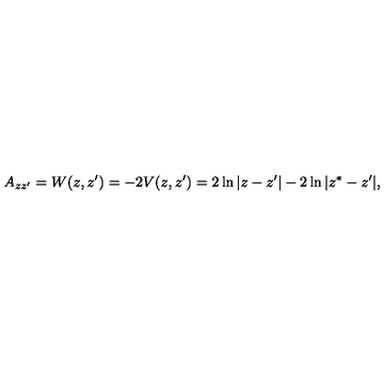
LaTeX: A _ { z z ^ { \prime } } = W ( z , z ^ { \prime } ) = - 2 V ( z , z ^ { \prime } ) = 2 \ln | z - z ^ { \prime } | - 2 \ln | z ^ { * } - z ^ { \prime } | ,